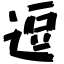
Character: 逗